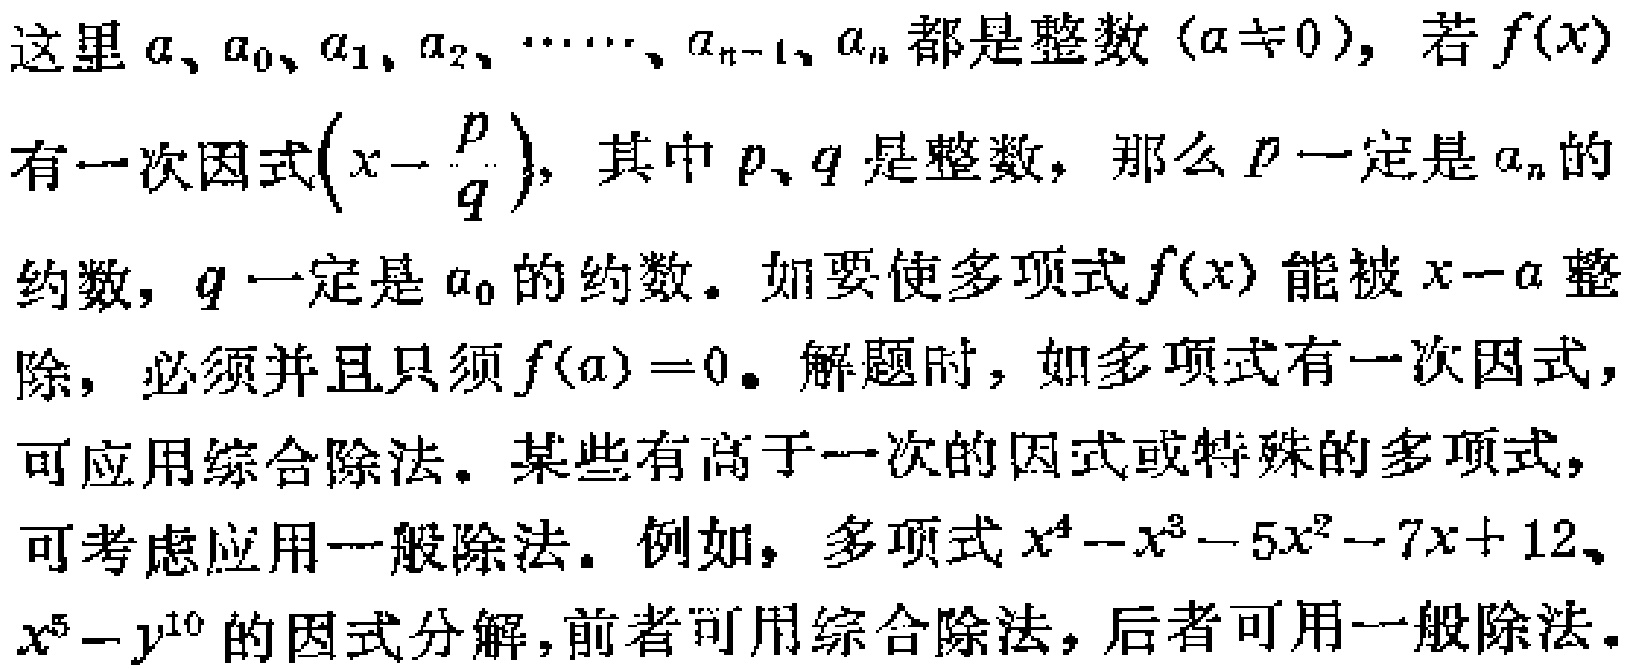
这里\(a、a_0、a_1、a_2、\cdots、a_{n - 1}、a_n\)都是整数\((a\neq 0)\)，若\(f(x)\)有一次因式\((x - \frac{p}{q})\)，其中\(p、q\)是整数，那么\(p\)一定是\(a_n\)的约数，\(q\)一定是\(a_0\)的约数。如要使多项式\(f(x)\)能被\(x - a\)整除，必须并且只须\(f(a)=0\)。解题时，如多项式有一次因式，可应用综合除法。某些有高于一次的因式或特殊的多项式，可考虑应用一般除法。例如，多项式\(x^4 - x^3 - 5x^2 - 7x + 12\)、\(x^5 - y^{10}\)的因式分解，前者可用综合除法，后者可用一般除法。